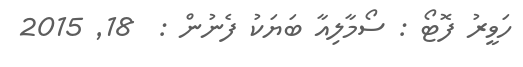
ހަވީރު ފޮޓޯ : ސޯމާލިއާ ބަޔަކު ފެނުން :  18